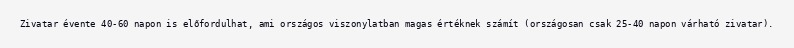
Zivatar évente 40-60 napon is előfordulhat, ami országos viszonylatban magas értéknek számít (országosan csak 25-40 napon várható zivatar).